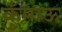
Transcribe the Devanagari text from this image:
कुँमाऊ